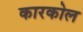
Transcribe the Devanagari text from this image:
कारकोल